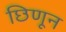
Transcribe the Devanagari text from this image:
छिणून